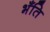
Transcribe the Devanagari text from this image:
भँति